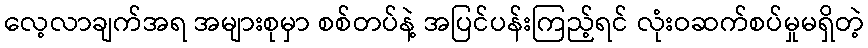
လေ့လာချက်အရ အများစုမှာ စစ်တပ်နဲ့ အပြင်ပန်းကြည့်ရင် လုံးဝဆက်စပ်မှုမရှိတဲ့